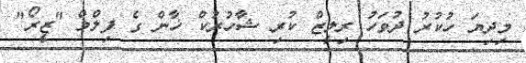
މިދިޔަ ހުކުރު ދުވަހު ރިލީޒް ކުރި ޝާހުރުކް ޚާން ގެ ފިލްމް "ޒީރޯ"